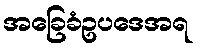
အခြေခံဥပဒေအရ